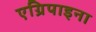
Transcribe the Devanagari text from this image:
एग्रिपाइना